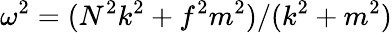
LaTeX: \omega^{2}=(N^{2}k^{2}+f^{2}m^{2})/(k^{2}+m^{2})